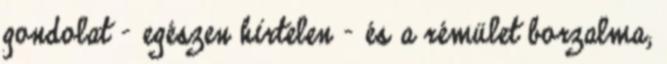
gondolat - egészen hirtelen - és a rémület borzalma;